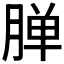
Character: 𬂅